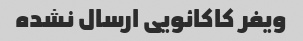
ویفر کاکائویی ارسال نشده